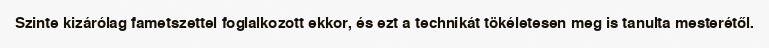
Szinte kizárólag fametszettel foglalkozott ekkor, és ezt a technikát tökéletesen meg is tanulta mesterétől.